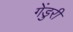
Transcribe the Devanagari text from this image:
गेंडुरी